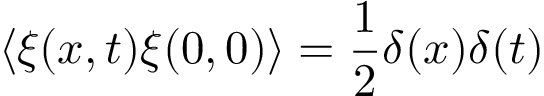
\langle \xi ( x , t ) \xi ( 0 , 0 ) \rangle = \frac { 1 } { 2 } \delta ( x ) \delta ( t )